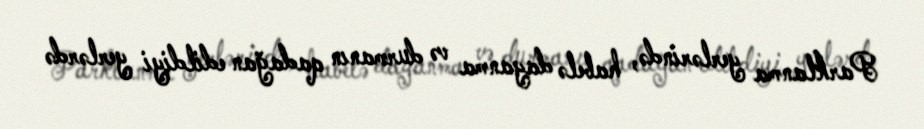
Parklanma yerlərində, habelə dayanma və durmanın qadağan edildiyi yerlərdə